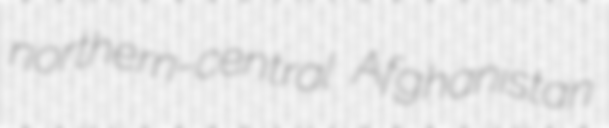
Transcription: northern-central Afghanistan